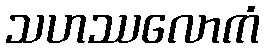
သဟဿလောကံ